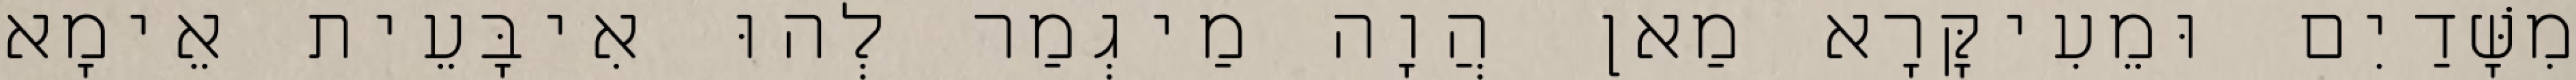
מִשָּׁדַיִם וּמֵעִיקָּרָא מַאן הֲוָה מַיגְמַר לְהוּ אִיבָּעֵית אֵימָא